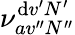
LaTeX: \nu_{av^{\prime\prime}N^{\prime\prime}}^{\mathrm{d}v^{\prime}N^{\prime}}